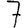
Digit: 7